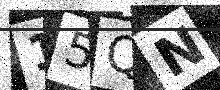
Text: 15QN